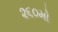
૨૬૦મો